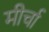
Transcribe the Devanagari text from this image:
मीर्चा